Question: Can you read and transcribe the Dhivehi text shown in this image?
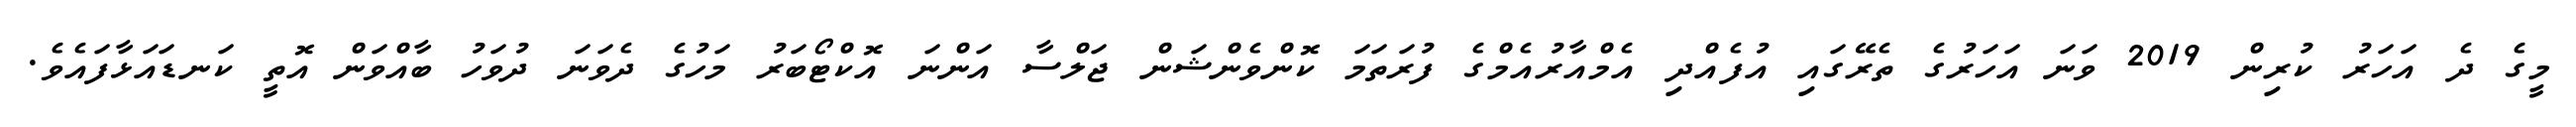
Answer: މީގެ ދެ އަހަރު ކުރިން 2019 ވަނަ އަހަރުގެ ތެރޭގައި އުފެއްދި އެމްއާރުއެމްގެ ފުރަތަމަ ކޮންވެންޝަން ޖަލްސާ އަންނަ އޮކްޓޯބަރު މަހުގެ ދެވަނަ ދުވަހު ބާއްވަން އޮތީ ކަނޑައަޅާފައެވެ.